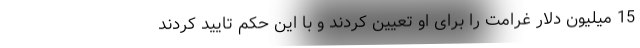
15 میلیون دلار غرامت را برای او تعیین کردند و با این حکم تایید کردند